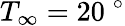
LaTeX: T_{\infty}=20~^{\circ}